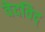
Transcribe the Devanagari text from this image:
वेदविद्